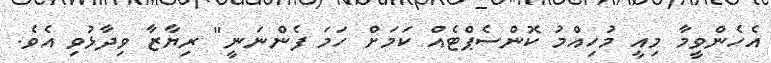
އެހެންވީމާ މިއީ މުހިއްމު ކޮންސެޕްޓެއް ކަމަށް ހަަމަ ފެންނަނީ" ރިޔާޒާ ވިދާޅުވި އެވެ.